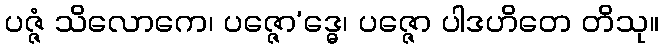
ပဇ္ဇံ သိလောကေ၊ ပဇ္ဇော’ဒ္ဓေ၊ ပဇ္ဇော ပါဒဟိတေ တိသု။